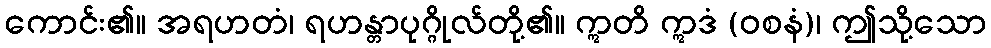
ကောင်း၏။ အရဟတံ၊ ရဟန္တာပုဂ္ဂိုလ်တို့၏။ ဣတိ ဣဒံ (ဝစနံ)၊ ဤသို့သော